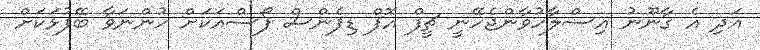
އަދި އެ ގާނޫނު އިސްލާހުވާންޖެހޭނީ ޗީފް އޮފް ޑިފެންސް ފޯސްއަކަށް ހުންނަވާ ބޭފުޅަކަށް